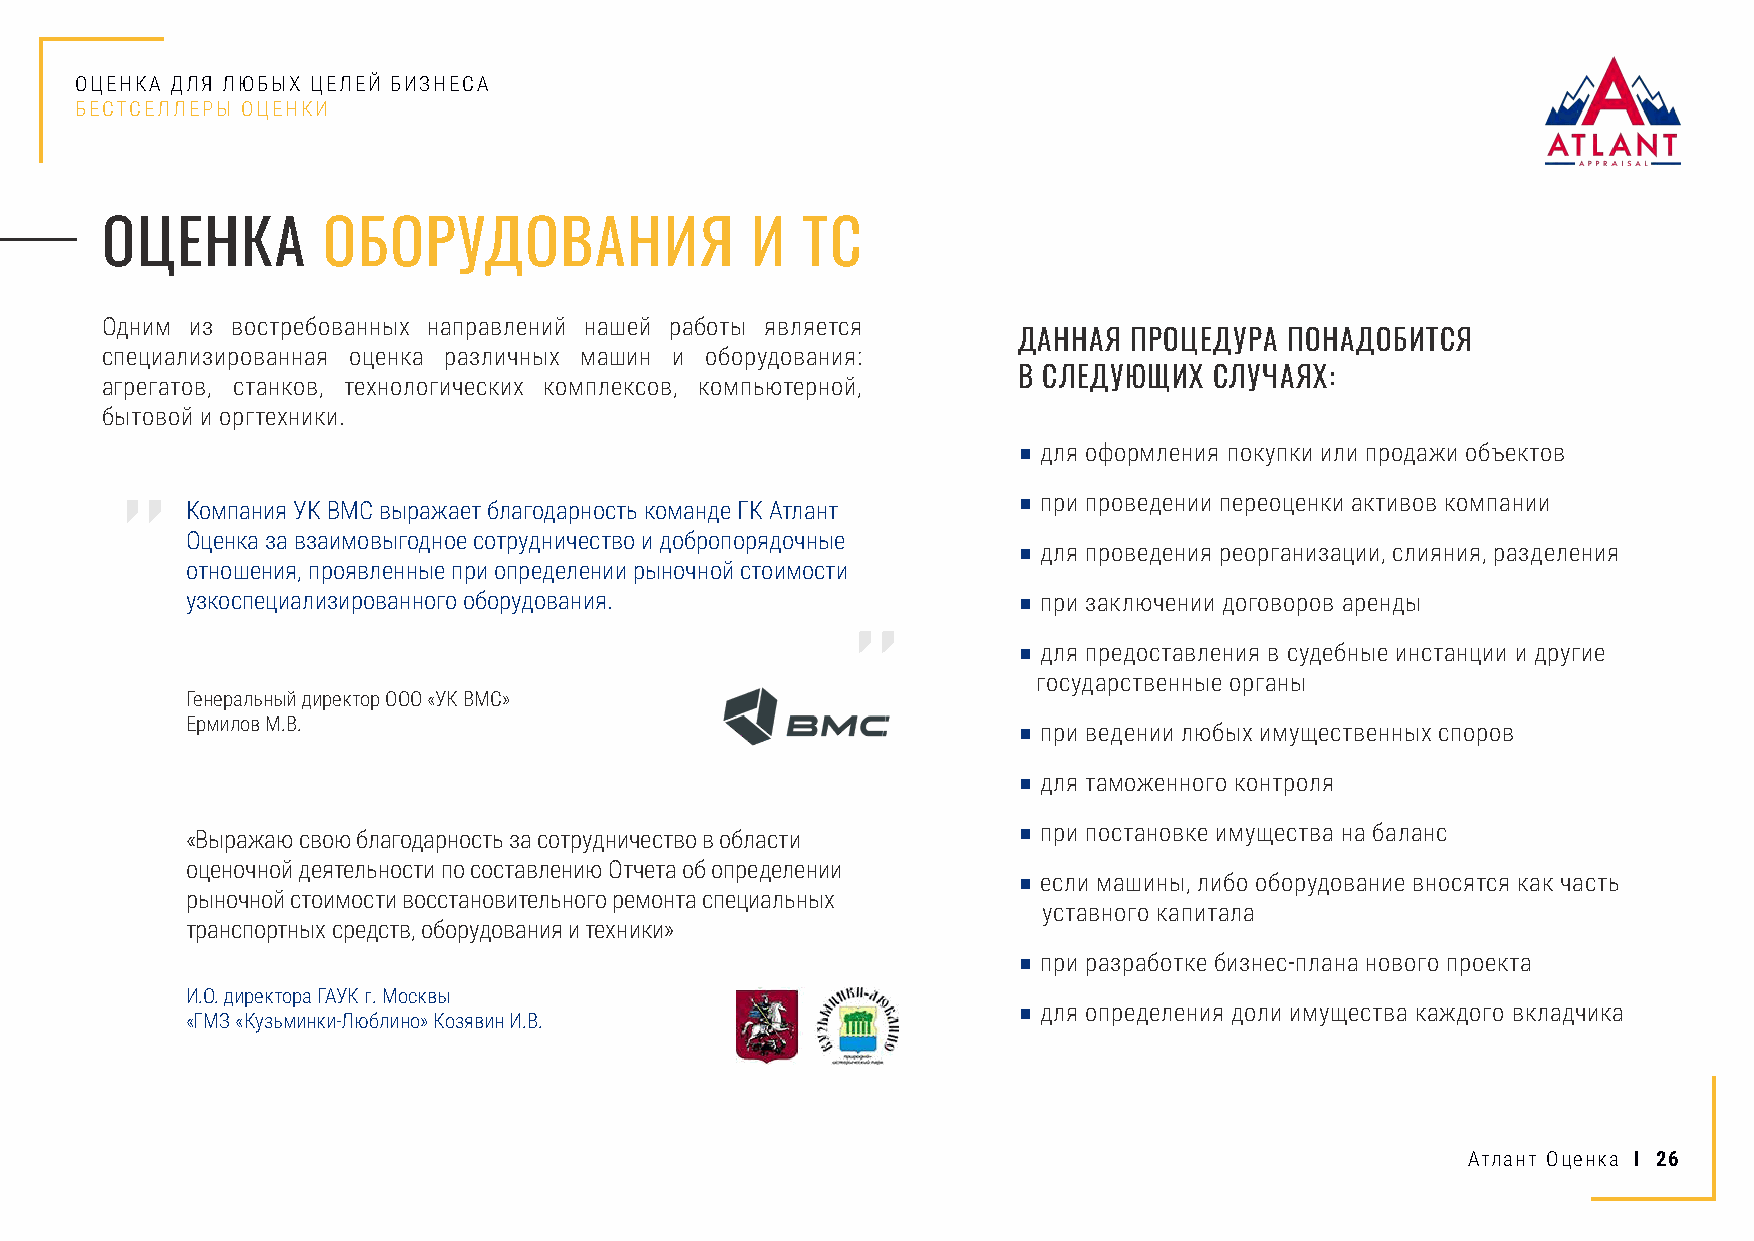
ОЦЕНКА ДЛЯ ЛЮБЫХ ЦЕЛЕЙ БИЗНЕСА
 БЕСТСЕЛЛЕРЫ ОЦЕНКИ
 ОЦЕНКА        ОБОРУДОВАНИЯ                 И  ТС
 Одним из востребованных направлений нашей работы является
 ДАННАЯ  ПРОЦЕДУРА ПОНАДОБИТСЯ
 специализированная оценка различных машин и оборудования:
 В СЛЕДУЮЩИХ  СЛУЧАЯХ:
 агрегатов, станков, технологических комплексов, компьютерной,
 бытовой и оргтехники.
 ■ для оформления покупки или продажи объектов
 ■ при проведении переоценки активов компании
 Компания УК ВМС выражает благодарность команде ГК Атлант
 Оценка за взаимовыгодное сотрудничество и добропорядочные
 ■ для проведения реорганизации, слияния, разделения
 отношения, проявленные при определении рыночной стоимости
 узкоспециализированного оборудования.                  ■ при заключении договоров аренды
 ■ для предоставления в судебные инстанции и другие
 государственные органы
 Генеральный директор ООО «УК ВМС»
 Ермилов М.В.
 ■ при ведении любых имущественных споров
 ■ для таможенного контроля
 ■ при постановке имущества на баланс
 «Выражаю свою благодарность за сотрудничество в области
 оценочной деятельности по составлению Отчета об определении
 ■ если машины, либо оборудование вносятся как часть
 рыночной стоимости восстановительного ремонта специальных
 уставного капитала
 транспортных средств, оборудования и техники»
 ■ при разработке бизнес-плана нового проекта
 И.О. директора ГАУК г. Москвы
 ■ для определения доли имущества каждого вкладчика
 «ГМЗ «Кузьминки-Люблино» Козявин И.В.
 Атлант Оценка I 26